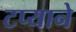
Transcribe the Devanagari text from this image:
टप्याने